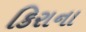
કિરાના